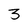
Character: 3